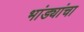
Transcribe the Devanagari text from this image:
भांड्यांचा